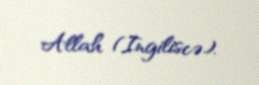
Allah (Ingiliscə).